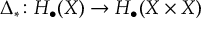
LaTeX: \Delta _ { * } \colon H _ { \bullet } ( X ) \to H _ { \bullet } ( X \times X )